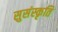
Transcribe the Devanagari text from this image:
सुसंस्कृति